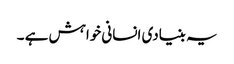
یہ بنیادی انسانی خواہش ہے ۔